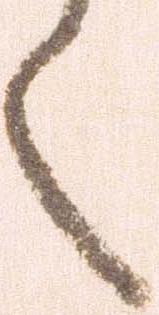
く